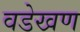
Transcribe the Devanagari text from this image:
वडेखण